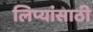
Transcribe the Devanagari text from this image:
लिप्यांसाठी